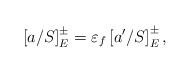
LaTeX: \begin{align*}\left[a/S\right]^{\pm}_E=\varepsilon_f \left[a^{\prime}/S\right]^{\pm}_E,\end{align*}